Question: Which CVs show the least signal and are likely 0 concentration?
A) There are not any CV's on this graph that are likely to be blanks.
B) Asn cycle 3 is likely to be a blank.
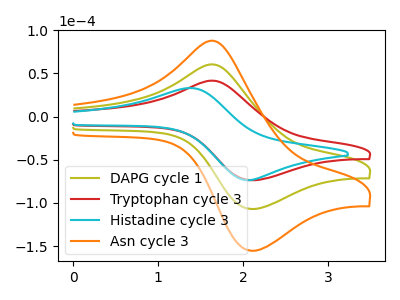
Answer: <think>The olive curve "DAPG cycle 1" has an anodic peak at (1.70V, 60.05uA) and a cathodic peak at (2.10V, -106.95uA). The red curve "Tryptophan cycle 3" has an anodic peak at (1.70V, 41.35uA) and a cathodic peak at (2.10V, -73.65uA). The cyan curve "Histadine cycle 3" has an anodic peak at (1.40V, 33.10uA) and a cathodic peak at (2.05V, -73.60uA). The orange curve "Asn cycle 3" has an anodic peak at (1.70V, 120.10uA) and a cathodic peak at (2.10V, -213.90uA).</think>
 <answer>A) There are not any CV's on this graph that are likely to be blanks.</answer>
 <eval>A</eval>